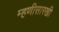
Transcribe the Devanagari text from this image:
म्हणीसारखी